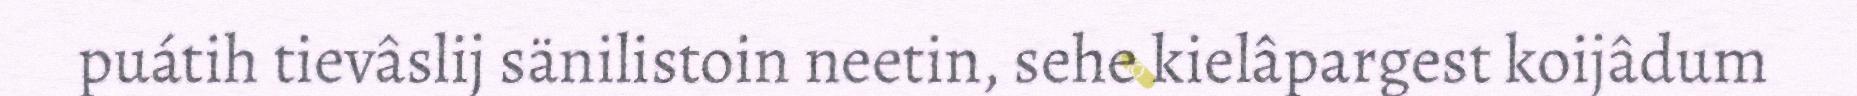
puátih tievâslij sänilistoin neetin, sehe kielâpargest koijâdum